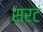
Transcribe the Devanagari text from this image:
सरट